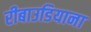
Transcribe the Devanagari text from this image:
रीबाउडियाना